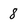
Character: 8